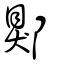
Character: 鄓